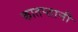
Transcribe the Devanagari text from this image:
कातप्तानी